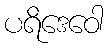
ပရိဒေဝေါ